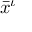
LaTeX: { \bar { x } } ^ { \iota }